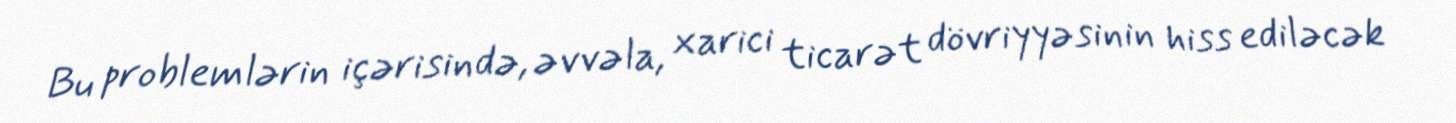
Bu problemlərin içərisində, əvvəla, xarici ticarət dövriyyəsinin hiss ediləcək